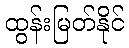
ထွန်းမြတ်နိုင်